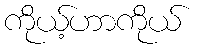
ကိုယ့်ဟာကိုယ်